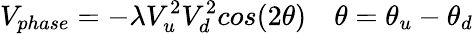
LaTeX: V_{phase}=-\lambda V_{u}^{2}V_{d}^{2}cos(2\theta)\quad\theta=\theta_{u}-\theta_{d}